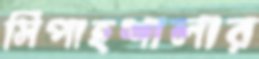
সিপাহশালার